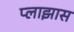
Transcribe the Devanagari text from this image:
प्लाझास